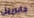
جابرييل